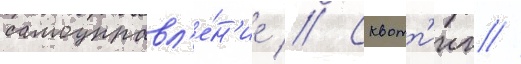
самоуправл'е́н'ие // Сквотт'инг //